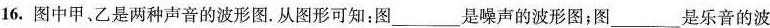
16.图中甲、乙是两种声音的波形图。从图形可知：图 ___ 是噪声的波形图；图 ___ 是乐音的波